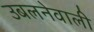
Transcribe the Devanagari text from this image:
उबलनेवाली